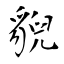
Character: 貎